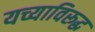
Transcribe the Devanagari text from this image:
यच्याविरूद्ध